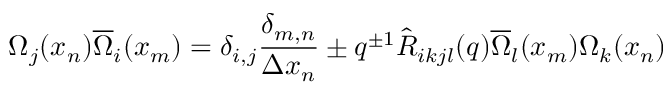
\Omega _ { j } ( x _ { n } ) \overline { { { \Omega } } } _ { i } ( x _ { m } ) = \delta _ { i , j } \frac { \delta _ { m , n } } { \Delta x _ { n } } \pm q ^ { \pm 1 } \hat { { \cal R } } _ { i k j l } ( q ) \overline { { { \Omega } } } _ { l } ( x _ { m } ) \Omega _ { k } ( x _ { n } )